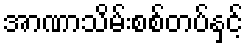
အာဏာသိမ်းစစ်တပ်နှင့်